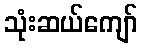
သုံးဆယ်ကျော်